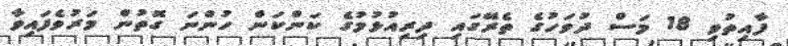
ފާއިތުވި 18 މަސް ދުވަހުގެ ތެރޭގައި ދިރިއުޅުމުގެ ކަންކަން ހުންނަ ގޮތުން މަރުވެފައިވާ